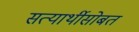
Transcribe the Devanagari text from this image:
सत्यार्थीसोबत